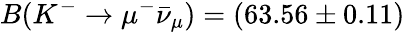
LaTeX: B(K^{-}\to\mu^{-}\bar{\nu}_{\mu})=(63.56\pm 0.11)\